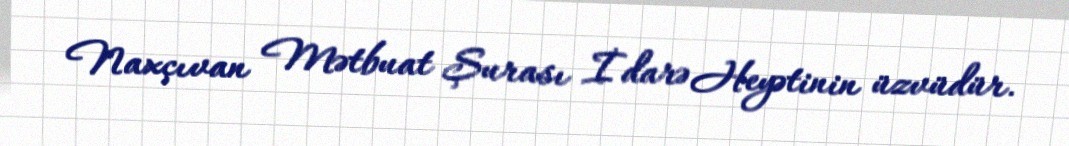
Naxçıvan Mətbuat Şurası İdarə Heyətinin üzvüdür.